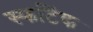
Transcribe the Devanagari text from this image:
स्फटिंक